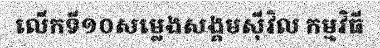
លើកទី១០សម្លេងសង្គមស៊ីវិល កម្មវិធី